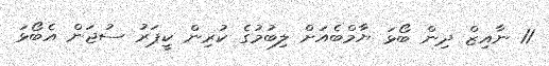
11 ނާއިޒް ދިން ބޯޅަ ޔާމްބެއަށް ލިބުމުގެ ކުރިން ކީޕަރު ސުޖަން އެބޯޅަ